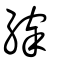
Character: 縡